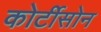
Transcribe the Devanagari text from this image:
कोर्टीसोन